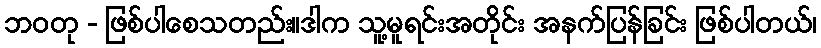
ဘဝတု - ဖြစ်ပါစေသတည်း။ဒါက သူ့မူရင်းအတိုင်း အနက်ပြန်ခြင်း ဖြစ်ပါတယ်၊